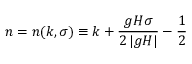
n = n ( k , \sigma ) \equiv k + \frac { g H \sigma } { 2 \left| g H \right| } - \frac { 1 } { 2 }